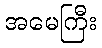
အမေကြီး